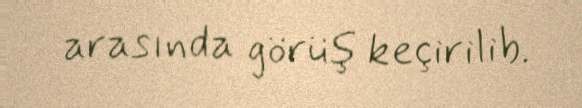
arasında görüş keçirilib.